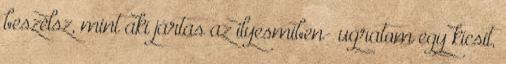
beszélsz, mint aki jártas az ilyesmiben- ugratom egy kicsit,